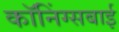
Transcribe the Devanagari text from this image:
कॉनिंग्सबाई